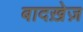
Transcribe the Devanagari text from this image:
बादख़ेज़